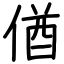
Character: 偤